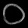
Digit: ၀